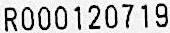
R000120719